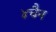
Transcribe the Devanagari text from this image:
४चैन